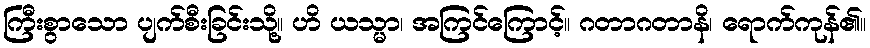
ကြီးစွာသော ပျက်စီးခြင်းသို့။ ဟိ ယသ္မာ၊ အကြင်ကြောင့်။ ဂတာဂတာနိ၊ ရောက်ကုန်၏။